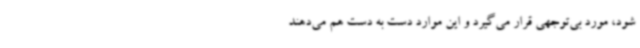
شود، مورد بی‌توجهی قرار می‌گیرد و این موارد دست به دست هم می‌دهند